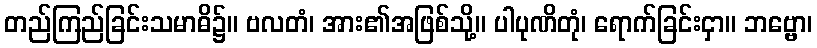
တည်ကြည်ခြင်းသမာဓိ၌။ ဗလတံ၊ အား၏အဖြစ်သို့။ ပါပုဏိတုံ၊ ရောက်ခြင်းငှာ။ ဘဗ္ဗော၊